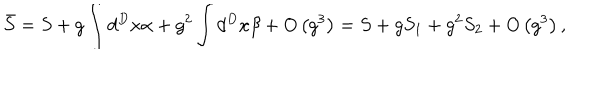
LaTeX: \bar { S } = S + g \int d ^ { D } x \alpha + g ^ { 2 } \int d ^ { D } x \beta + O \left( g ^ { 3 } \right) = S + g S _ { 1 } + g ^ { 2 } S _ { 2 } + O \left( g ^ { 3 } \right) ,